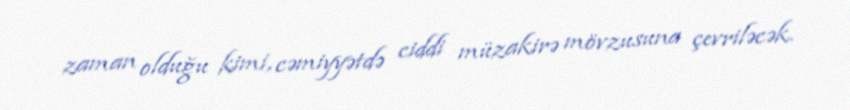
zaman olduğu kimi, cəmiyyətdə ciddi müzakirə mövzusuna çevriləcək.